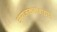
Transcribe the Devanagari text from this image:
अराजकतावाद्याने